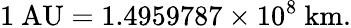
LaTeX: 1{\mathrm{~AU}}=1.4959787\times 10^{8}{\mathrm{~km}}.